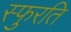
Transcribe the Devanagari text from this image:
स्फुरति